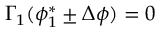
\Gamma _ { 1 } ( \phi _ { 1 } ^ { * } \pm \Delta \phi ) = 0